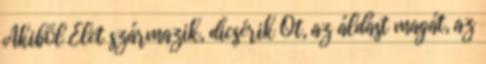
Akiből Élet származik, dicsérik Őt, az áldást magát, az